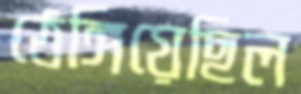
ঠেঙ্গিয়েছিল